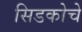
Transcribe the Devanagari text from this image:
सिडकोचे